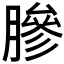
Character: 𬛓